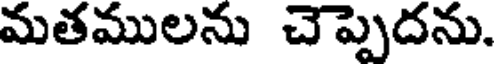
మతములను చెప్పెదను.